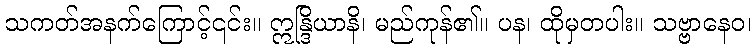
သကတ်အနက်ကြောင့်၎င်း။ ဣန္ဒြိယာနိ၊ မည်ကုန်၏။ ပန၊ ထိုမှတပါး။ သဗ္ဗာနေဝ၊